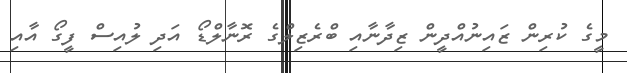
މީގެ ކުރިން ޒައިނުއްދީން ޒިދާނާއި ބްރެޒިލްގެ ރޮނާލްޑޯ އަދި ލުއިސް ފީގޯ އާއި